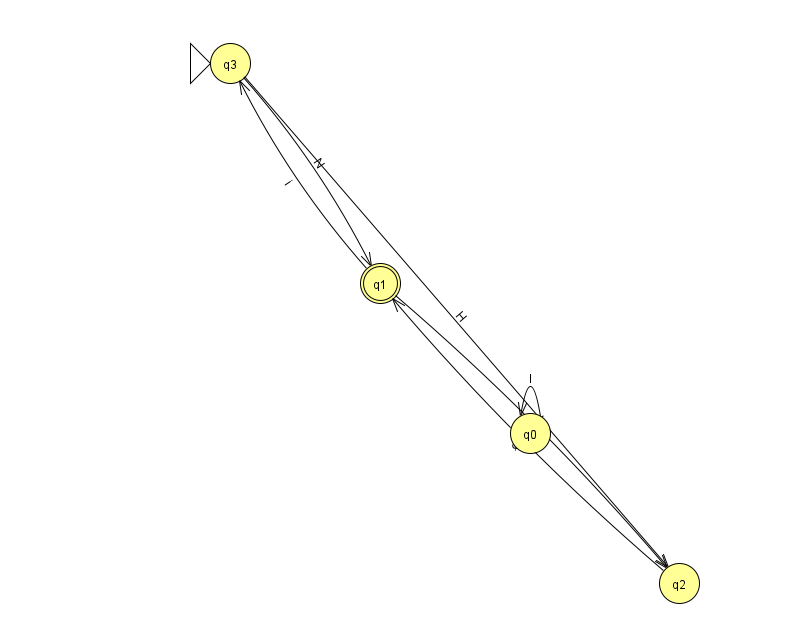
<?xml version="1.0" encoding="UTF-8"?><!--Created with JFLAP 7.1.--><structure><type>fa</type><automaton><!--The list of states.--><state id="0" name="q0"><x>530.0</x><y>420.0</y></state><state id="1" name="q1"><x>380.0</x><y>270.0</y><final/></state><state id="2" name="q2"><x>679.0</x><y>570.0</y></state><state id="3" name="q3"><x>230.0</x><y>50.0</y><initial/></state><!--The list of transitions.--><transition><from>3</from><to>1</to><read>N</read></transition><transition><from>1</from><to>2</to><read>h</read></transition><transition><from>1</from><to>3</to><read>i</read></transition><transition><from>0</from><to>0</to><read>I</read></transition><transition><from>2</from><to>1</to><read>Q</read></transition><transition><from>3</from><to>2</to><read>H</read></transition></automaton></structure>